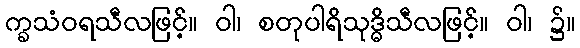
က္ခသံဝရသီလဖြင့်။ ဝါ၊ စတုပါရိသုဒ္ဓိသီလဖြင့်။ ဝါ၊ ၌။